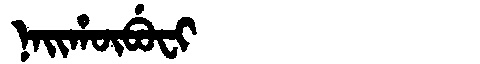
Manchu: ᠨᠠᡳᡥᡡᠪᡠᠸᡳ
Romanization: NAIHŪBUFI